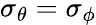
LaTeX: \sigma_{\theta}=\sigma_{\phi}